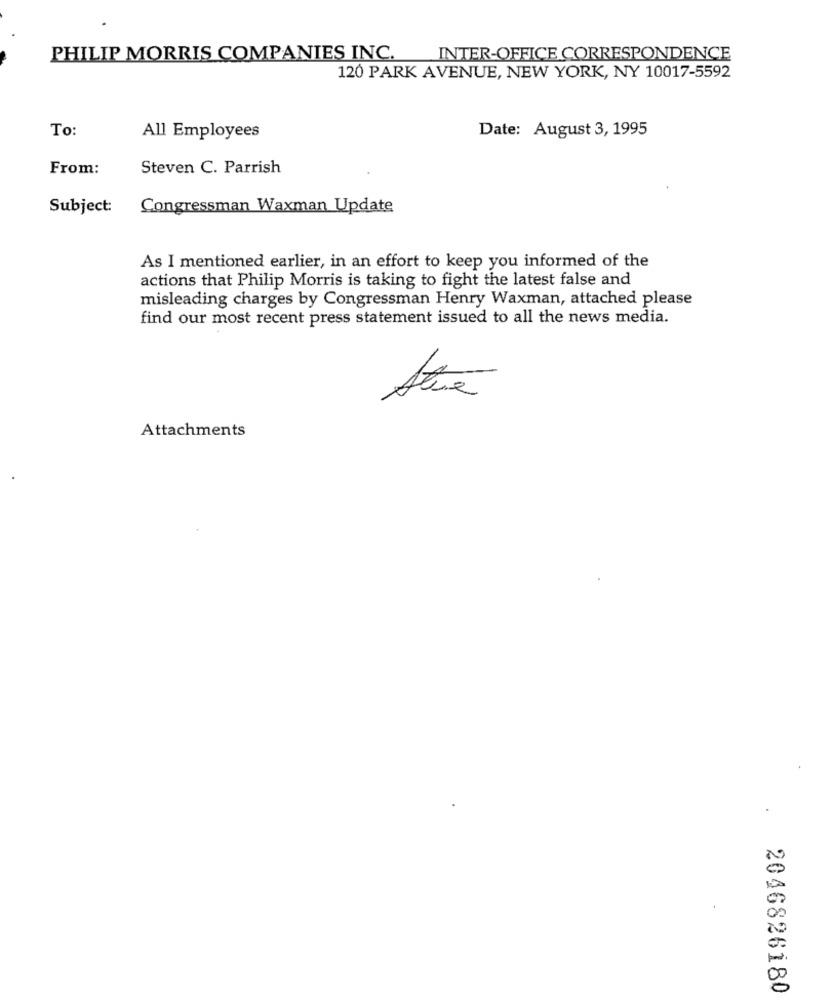
PHILIP MORRIS COMPANIES INC.
INTER-OFFICE CORRESPONDENCE
120 PARK AVENUE, NEW YORK, NY 10017-5592
To:
Date: August 3, 1995
All Employees
From:
Steven C. Parrish
Subject:
Congressman Waxman Update
As I mentioned earlier, in an effort to keep you informed of the
actions that Philip Morris is taking to fight the latest false and
misleading charges by Congressman Henry Waxman, attached please
find our most recent press statement issued to all the news media.
Attachments
2046826180